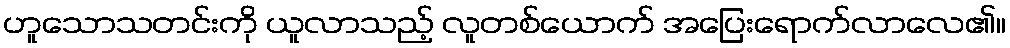
ဟူသောသတင်းကို ယူလာသည့် လူတစ်ယောက် အပြေးရောက်လာလေ၏။